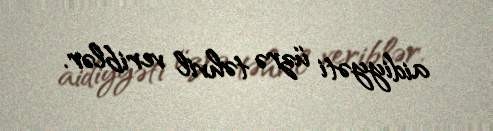
aidiyyəti üzrə təhvil veriblər.